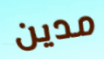
مدين